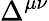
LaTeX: \Delta^{\mu\nu}